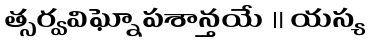
త్సర్వవిఘ్నోపశాన్తయే ॥ యస్య